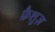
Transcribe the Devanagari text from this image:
फ्रैशुज़